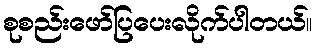
စုစည်းဖော်ပြပေးလိုက်ပါတယ်။